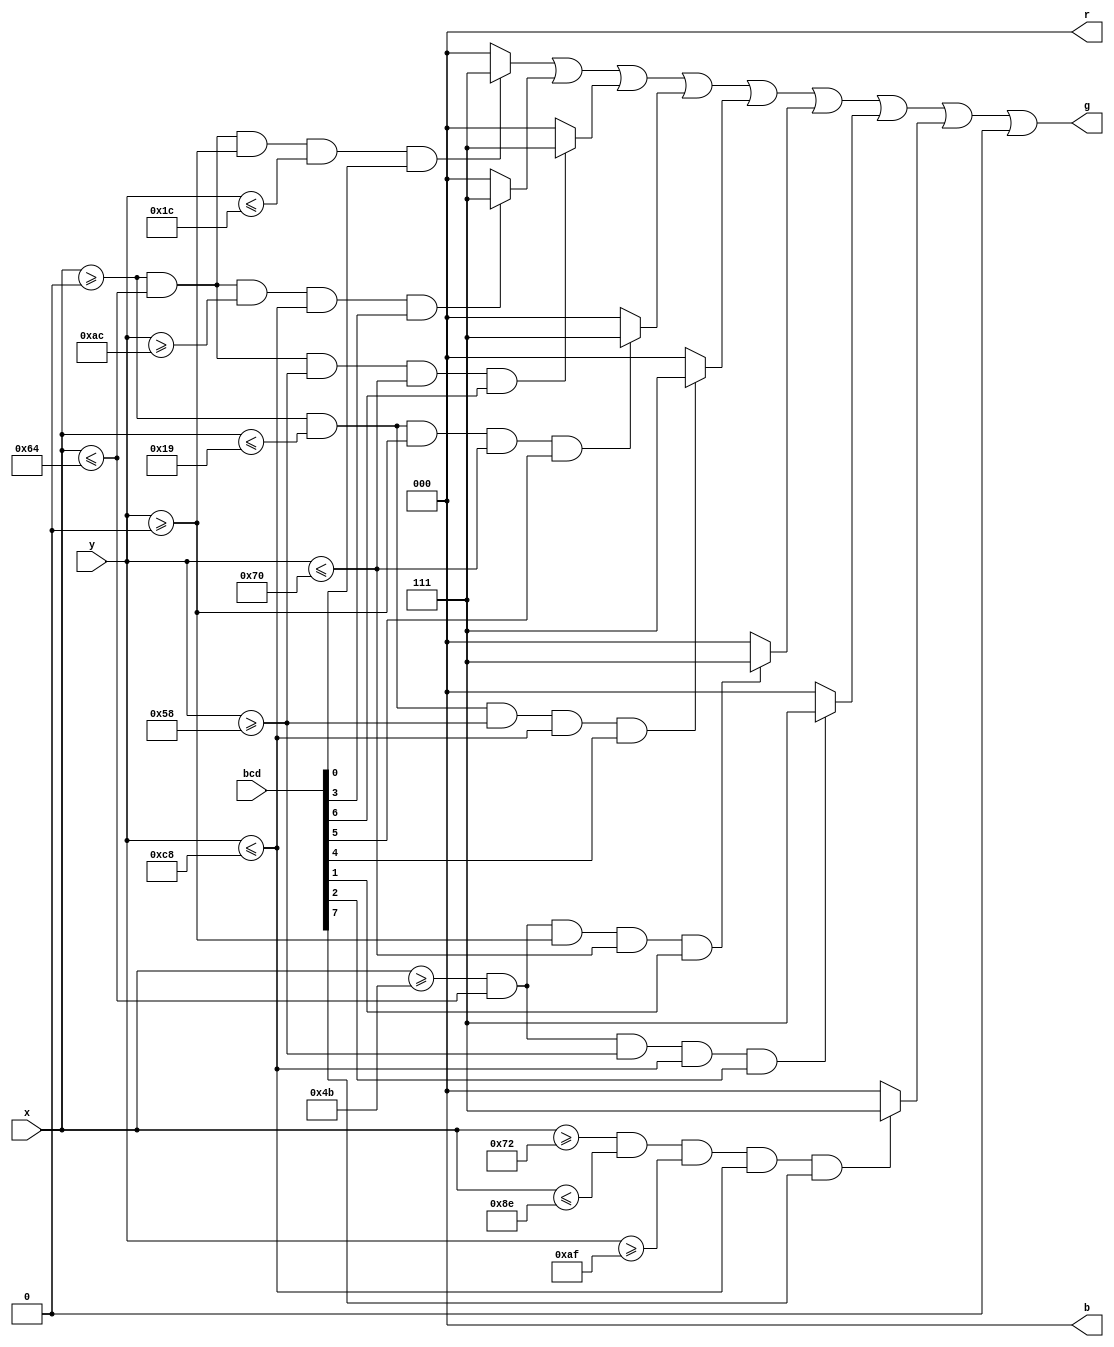
module sseg #(
	parameter X=0,
	parameter Y=0,	
	parameter W=100,
	parameter H=200	
)(
	input wire [7:0] bcd,
	input wire [9:0] x,
	input wire [9:0] y,
	output wire [2:0] r,	
	output wire [2:0] g,	
	output wire [2:0] b);

parameter VLD=(W/4); //vertical line depth    |
parameter HLD=(H/7); //horisontal line depth  --
parameter MID=(H/2); //MID line

parameter hVLD=(VLD/2); //vertical line depth /2
parameter hHLD=(HLD/2); //horisontal line depth /2

wire A,B,C,D,E,F,G,DP;
assign {DP, G, F, E, D, C, B, A} = bcd;

wor [2:0] line;
	
assign r = 3'b000;
assign g = line;
assign b = 3'b000;

wire [2:0] line_A = ( ( x >= ( X )) && 
                      ( x <= ( X + W ) )&&
                      ( y >= ( Y ) ) && 
							 ( y <= ( Y + HLD ) ) && 
							 ( A ) ) ? 3'b111: 3'b000;

wire [2:0] line_D = ( ( x >= ( X )) && 
                      ( x <= ( X + W ) )&&
                      ( y >= ( Y + H - HLD) ) && 
							 ( y <= ( Y + H ) ) && 
							 ( D ) ) ? 3'b111: 3'b000;

wire [2:0] line_G = ( ( x >= ( X ) ) && 
                      ( x <= ( X + W ) )&&
                      ( y >= ( Y + MID - hVLD ) ) && 
							 ( y <= ( Y + MID + hVLD ) ) && 
							 ( G ) ) ? 3'b111: 3'b000;
							 
wire [2:0] line_F = ( ( x >= ( X ) ) && 
                      ( x <= ( X + VLD ) )&&
                      ( y >= ( Y ) ) && 
							 ( y <= ( Y + MID + hVLD ) ) && 
							 ( F ) ) ? 3'b111: 3'b000;							 

wire [2:0] line_E = ( ( x >= ( X ) ) && 
                      ( x <= ( X + VLD ) )&&
                      ( y >= ( Y + MID - hVLD ) ) && 
							 ( y <= ( Y + H ) ) && 
							 ( E ) ) ? 3'b111: 3'b000;							 

wire [2:0] line_B = ( ( x >= ( X + W - VLD ) ) && 
                      ( x <= ( X + W ) )&&
                      ( y >= ( Y ) ) && 
							 ( y <= ( Y + MID + hVLD ) ) && 
							 ( B ) ) ? 3'b111: 3'b000;							 
							 
wire [2:0] line_C = ( ( x >= ( X + W - VLD ) ) && 
                      ( x <= ( X + W ) )&&
                      ( y >= ( Y + MID - hVLD ) ) && 
							 ( y <= ( Y + H ) ) && 
							 ( C ) ) ? 3'b111: 3'b000;							 
							 
wire [2:0] line_DP = ( ( x >= ( X + W + hHLD  ) ) && 
                      ( x <= ( X + W + hHLD + HLD  ) )&&
                      ( y >= ( Y + H - VLD ) ) && 
							 ( y <= ( Y + H ) ) && 
							 ( DP ) ) ? 3'b111: 3'b000;							 
							 
							 
assign line = line_A;
assign line = line_D;
assign line = line_G;
assign line = line_F;
assign line = line_E;
assign line = line_B;
assign line = line_C;
assign line = line_DP;
assign line = 3'b000;
					  	  
endmodule